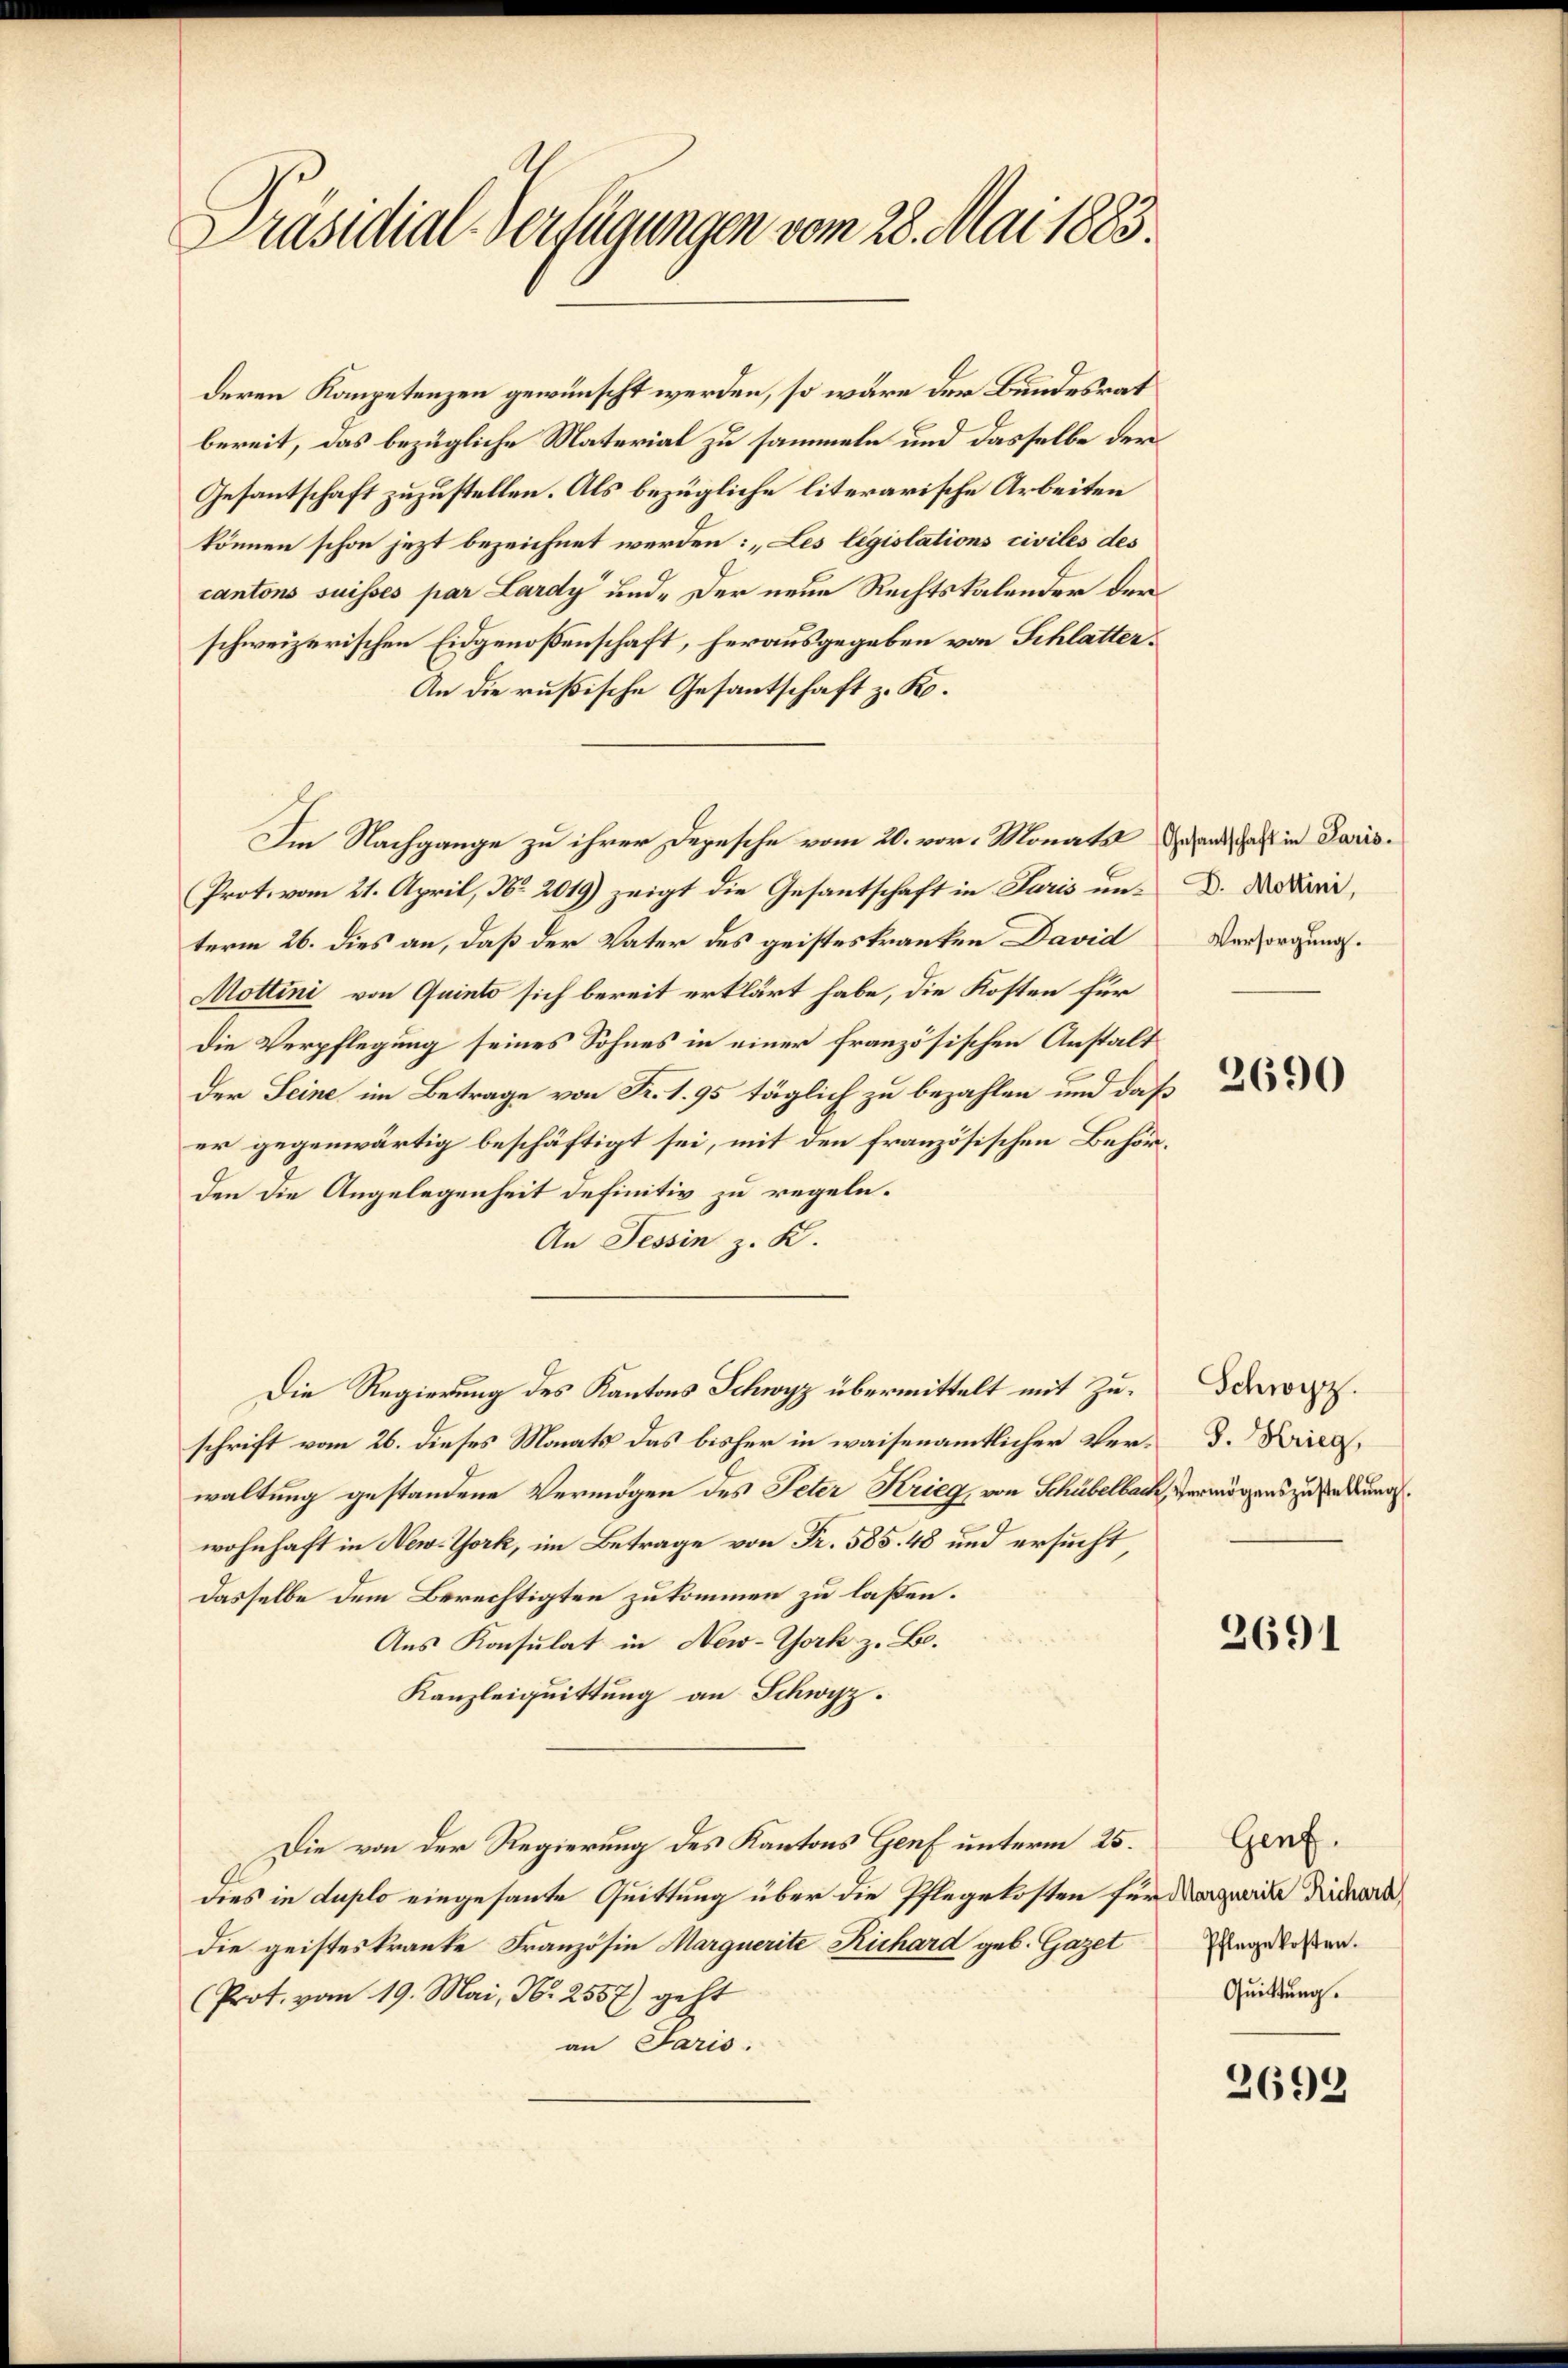
x
Präsidial-Verfügungen vom 28. Mai 1883.

deren Kompetenzen gewünscht werden, so wäre der Bundesrat
bereit, das bezügliche Material zu sammeln und dasselbe der
Gesantschaft zuzustellen. Als bezügliche literarische Arbeiten
können schon jezt bezeichnet werden: „Les legislations civiles des
cantons suisses par Lardy und der neue Rechtskalender der
schweizerischen Eidgenoßenschaft, herausgegeben von Schlatter.
An die rußische Gesantschaft z. K.
Prot. vom 21. April, No 2019) zeigt die Gesantschaft in Paris un-D. Daduri,
term 26. dies an, daß der Vater des geisteskranken David
Mottini von Quinto sich bereit erklärt habe, die Kosten für
Die Verpflegung seines Sohnes in einer französischen Anstalt
der Seine im Betrage von Fr. 1. 95 täglich zu bezahlen und daß
er gegenwärtig beschäftigt sei, mit den französischen Behörden die Angelegenheit definitiv zu regeln.
An Tessin z. K.
Die Regierung des Kantons Schwyz übermittelt mit Zuschrift vom 26. dieses Monats das bisher in waisenamtlicher Ver- D. Krieg,
waltung gestandene Vermögen des Peter Krieg, von Schübelbach, vermögens zu sendung.
wohnhaft in New-York, im Betrage von Fr. 585. 48 und ersucht,
Dasselbe dem Berechtigten zukommen zu laßen.
Aus Konsulat in New-York z. B.
Kanzleiquittung an Schwyz.
Die von der Regierung des Kantons Genf unterm 25.
dies in duplo eingesante Quittung über die Pflegekosten für Marzneile Diederdie geisteskranke Französin Marquerite Richard geb. Gazet
(Prot. vom 19. Mai, Nr. 2557) geht
an Paris.

Im Nachgange zu ihrer Depesche vom 20. vor. Monate das in Paris¬

Versorgung.

2690

Schwyz.

2691

Genf.
Pflegekosten.
Quittung.

2699